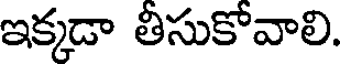
ఇక్కడా తిసుకోవాలి.